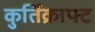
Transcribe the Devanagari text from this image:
कुर्तिक्राफ्ट